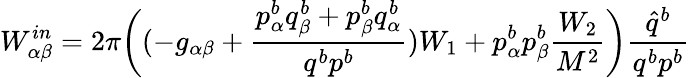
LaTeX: W_{\alpha\beta}^{in}=2\pi\biggl((-g_{\alpha\beta}+{\frac{p_{\alpha}^{b}q_{\beta}^{b}+p_{\beta}^{b}q_{\alpha}^{b}}{q^{b}p^{b}}})W_{1}+p_{\alpha}^{b}p_{\beta}^{b}{\frac{W_{2}}{M^{2}}}\biggr){\frac{\hat{q}^{b}}{q^{b}p^{b}}}